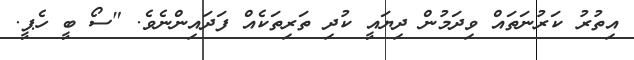
އިތުރު ކަރުނަތައް ވިދަމުން ދިޔައީ ކުދި ތަރިތަކެއް ފަދައިންނެވެ. "ސޯ ބީ ހެޕީ.